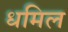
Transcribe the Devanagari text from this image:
धमिल